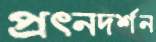
প্রত্নদর্শন